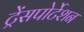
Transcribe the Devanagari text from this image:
ट्रेंसपोर्टेशन